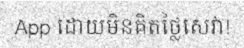
App ដោយមិនគិតថ្លៃសេវា!